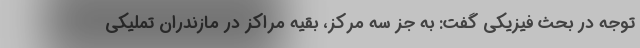
توجه در بحث فیزیکی گفت: به جز سه مرکز، بقیه مراکز در مازندران تملیکی